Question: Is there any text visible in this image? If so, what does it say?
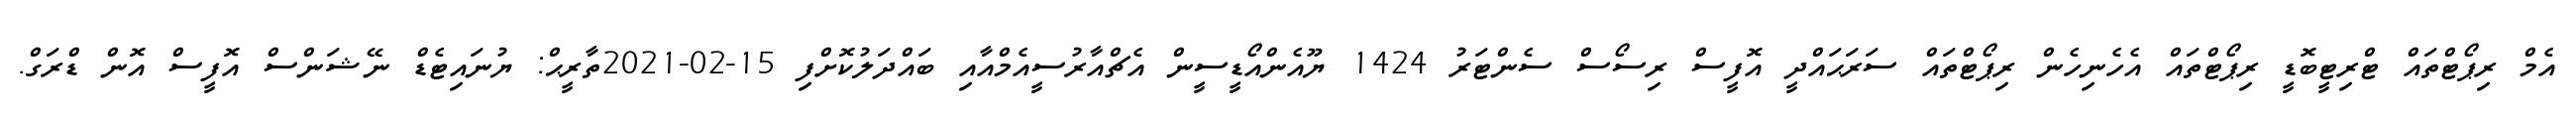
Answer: އެމް ރިޕޯޓްތައް ޓްރިޓީބޮޑީ ރިޕޯޓްތައް އެހެނިހެން ރިޕޯޓްތައް ސަރަޙައްދީ އޮފީސް ރިސޯސް ސެންޓަރު 1424 ޔޫއެންއޯޑީސީން އެޗްއާރުސީއެމްއާއި ބައްދަލުކޮށްފި 15-02-2021ތާރީޙް: ޔުނައިޓެޑް ނޭޝަންސް އޮފީސް އޮން ޑްރަގް.